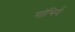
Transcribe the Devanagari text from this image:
गांभिर्य